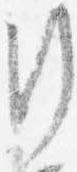
行